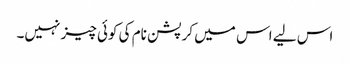
اس لیے اس میں کرپشن نام کی کوئی چیز نہیں۔